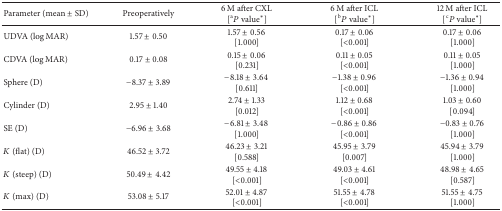
<table><thead><tr><td><b>Parameter (mean ± SD)</b></td><td><b>Preoperatively</b></td><td><b>6 M after CXL [<sup>a</sup><i>P</i> value<sup>*</sup>]</b></td><td><b>6 M after ICL [<sup>b</sup><i>P</i> value<sup>*</sup>]</b></td><td><b>12 M after ICL [<sup>c</sup><i>P</i> value<sup>*</sup>]</b></td></tr></thead><tbody><tr><td>UDVA (log⁡MAR)</td><td>1.57 ± 0.50</td><td>1.57 ± 0.56 [1.000]</td><td>0.17 ± 0.06 [&lt;0.001]</td><td>0.17 ± 0.06 [1.000]</td></tr><tr><td>CDVA (log⁡MAR)</td><td>0.17 ± 0.08</td><td>0.15 ± 0.06 [0.231]</td><td>0.11 ± 0.05 [&lt;0.001]</td><td>0.11 ± 0.05 [1.000]</td></tr><tr><td>Sphere (D)</td><td>−8.37 ± 3.89</td><td>−8.18 ± 3.64 [0.611]</td><td>−1.38 ± 0.96 [&lt;0.001]</td><td>−1.36 ± 0.94 [1.000]</td></tr><tr><td>Cylinder (D)</td><td>2.95 ± 1.40</td><td>2.74 ± 1.33 [0.012]</td><td>1.12 ± 0.68 [&lt;0.001]</td><td>1.03 ± 0.60 [0.094]</td></tr><tr><td>SE (D)</td><td>−6.96 ± 3.68</td><td>−6.81 ± 3.48 [1.000]</td><td>−0.86 ± 0.86 [&lt;0.001]</td><td>−0.83 ± 0.76 [1.000]</td></tr><tr><td><i>K</i> (flat) (D)</td><td>46.52 ± 3.72</td><td>46.23 ± 3.21 [0.588]</td><td>45.95 ± 3.79 [0.007]</td><td>45.94 ± 3.79 [1.000]</td></tr><tr><td><i>K</i> (steep) (D)</td><td>50.49 ± 4.42</td><td>49.55 ± 4.18 [&lt;0.001]</td><td>49.03 ± 4.61 [&lt;0.001]</td><td>48.98 ± 4.65 [0.587]</td></tr><tr><td><i>K</i> (max) (D)</td><td>53.08 ± 5.17</td><td>52.01 ± 4.87 [&lt;0.001]</td><td>51.55 ± 4.78 [&lt;0.001]</td><td>51.55 ± 4.75 [1.000]</td></tr></tbody></table>